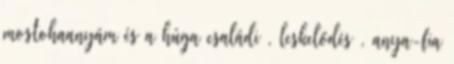
mostohaanyám és a húga családi , leskelődés , anya-fia